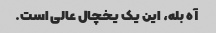
آه بله، این یک یخچال عالی است.